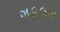
ગફલત